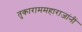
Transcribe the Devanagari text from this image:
तुकाराममहाराजांनीं